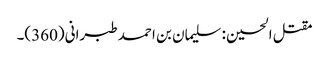
مقتل الحسین : سلیمان بن احمد طبرانی(360)۔